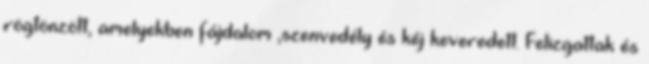
rögtönzött, amelyekben fájdalom ,szenvedély és kéj keveredett. Felizgattak és